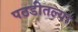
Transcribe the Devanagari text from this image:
पठडीतल्या